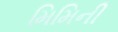
મિમિની